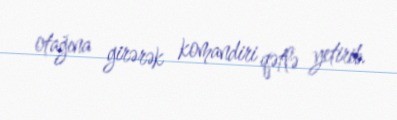
otağına girərək komandiri qətlə yetirib.